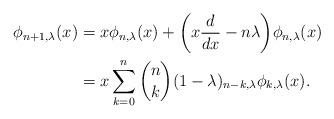
LaTeX: \begin{align*}\phi_{n+1,\lambda}(x)&=x\phi_{n,\lambda}(x)+\bigg(x\frac{d}{dx}-n\lambda\bigg)\phi_{n,\lambda}(x)\\&=x\sum_{k=0}^{n}\binom{n}{k}(1-\lambda)_{n-k,\lambda}\phi_{k,\lambda}(x).\end{align*}